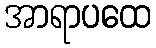
အာရာပထေ